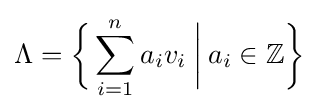
\Lambda ={\biggl \{}\sum _{i=1}^{n}a_{i}v_{i}\mathbin {\bigg \vert } a_{i}\in \mathbb {Z} {\biggr \}}